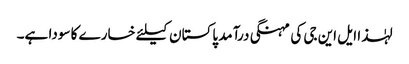
لہٰذا ایل این جی کی مہنگی درآمد پاکستان کیلئے خسارے کا سودا ہے۔